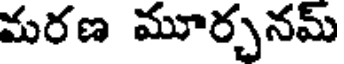
మరణ మూర్చనమ్